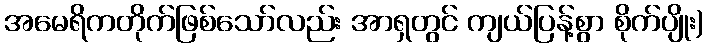
အမေရိကတိုက်ဖြစ်သော်လည်း အာရှတွင် ကျယ်ပြန့်စွာ စိုက်ပျိုး)